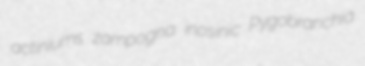
actiniums zampogna inosinic Pygobranchia